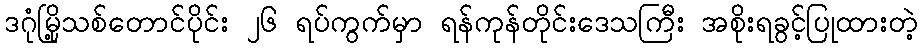
ဒဂုံမြို့သစ်တောင်ပိုင်း ၂၆ ရပ်ကွက်မှာ ရန်ကုန်တိုင်းဒေသကြီး အစိုးရခွင့်ပြုထားတဲ့